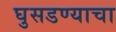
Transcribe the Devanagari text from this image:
घुसडण्याचा